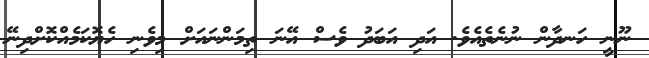
ނޫނީ ހަނދާން ނުނެތެއެވެ. އަދި އަބަދު ވެސް އޭނަ ތިމަންނައަށް މިވެނި ހެޔޮކަމެއްކޮށްދިނޭ